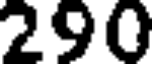
290